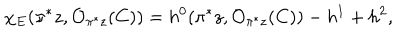
\chi _ { E } ( \pi ^ { * } z , { \cal O } _ { \pi ^ { * } z } ( C ) ) = h ^ { 0 } ( \pi ^ { * } z , { \cal O } _ { \pi ^ { * } z } ( C ) ) - h ^ { 1 } + h ^ { 2 } ,